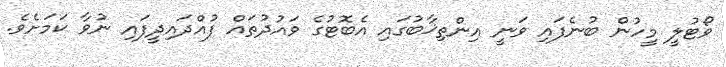
ވޯޓުލީ މީހުން ބުނެފައި ވަނީ އިންތިޚާބުގައި އެބޮޓުގެ ވައުދުތައް ފުއްދައިދީފައި ނުވާ ކަމަށެވެ.